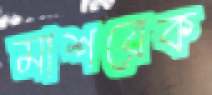
মাশরেক